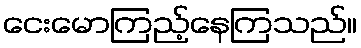
ငေးမောကြည့်နေကြသည်။